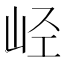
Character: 𫵸